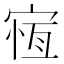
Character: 𡩃